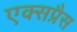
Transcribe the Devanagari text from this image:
एक्‍सप्रैस